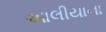
આલીયાના